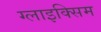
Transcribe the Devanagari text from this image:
ग्लाइक्सिम